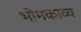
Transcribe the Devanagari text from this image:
भोमकाव्य